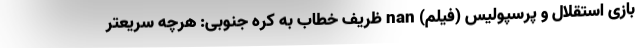
بازی استقلال و پرسپولیس (فیلم) nan ظریف خطاب به کره جنوبی: هرچه سریعتر